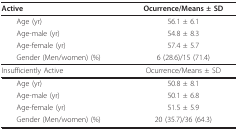
| Active | Ocurrence/Means ± SD |
 | --- | --- |
 | Age (yr) | 56.1 ± 6.1 |
 | Age-male (yr) | 54.8 ± 8.3 |
 | Age-female (yr) | 57.4 ± 5.7 |
 | Gender (Men/women) (%) | 6 (28.6)/15 (71.4) |
 | Insufficiently Active | Ocurrence/Means ± SD |
 | Age (yr) | 50.8 ± 8.1 |
 | Age-male (yr) | 50.1 ± 6.8 |
 | Age-female (yr) | 51.5 ± 5.9 |
 | Gender (Men/women) (%) | 20 (35.7)/36 (64.3) |